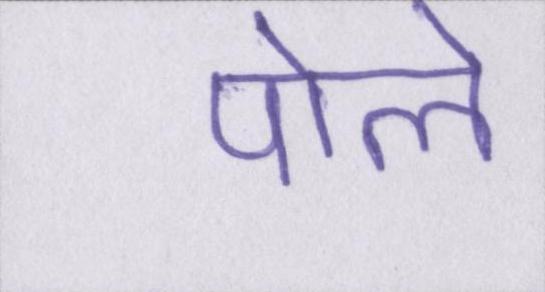
पोले